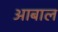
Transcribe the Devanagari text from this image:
आबाल